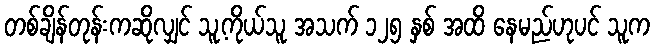
တစ်ချိန်တုန်းကဆိုလျှင် သူ့ကိုယ်သူ အသက် ၁၂၅ နှစ် အထိ နေမည်ဟုပင် သူက